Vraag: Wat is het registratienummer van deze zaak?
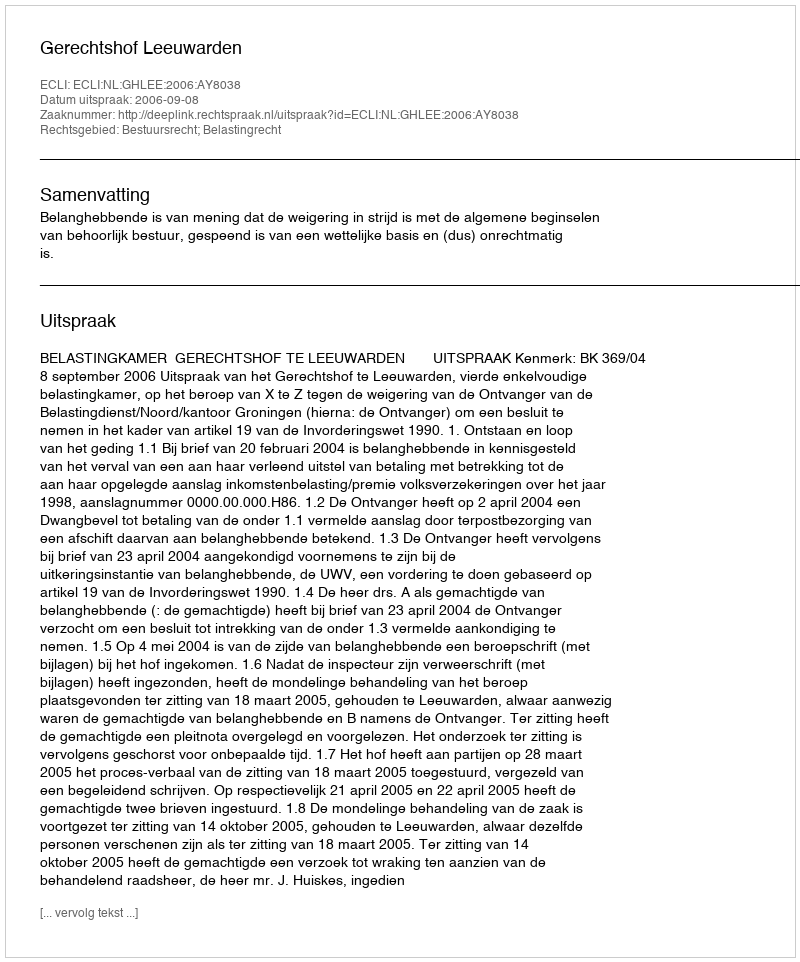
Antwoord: http://deeplink.rechtspraak.nl/uitspraak?id=ECLI:NL:GHLEE:2006:AY8038